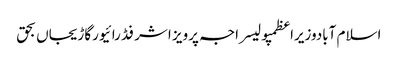
اسلام آبادوزیراعظمپولیسراجہ پرویز اشرفڈرائیورگاڑیجاں بحق